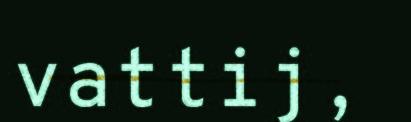
vattij,